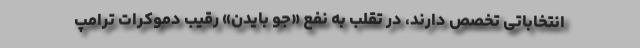
انتخاباتی تخصص دارند، در تقلب به نفع «جو بایدن» رقیب دموکرات ترامپ